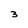
Character: 3